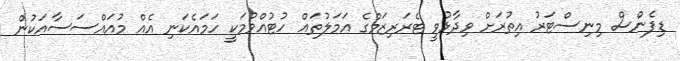
ޑިފެންސް މިނިސްޓަރު އިތުރަށް ވިދާޅުވީ ޓެރަރިޒަމްގެ އަމަލުތައް ހުޓުއްވުމަކީ ހަމައެކަނި އެއް މުއައްސަސާއަކުން